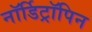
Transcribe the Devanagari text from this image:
नॉर्डिट्रॉपिन